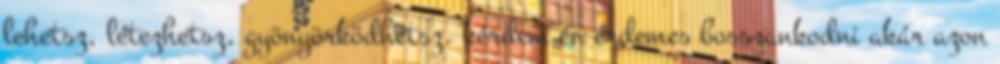
lehetsz, létezhetsz, gyönyörködhetsz. kérdem én érdemes bosszankodni akár azon